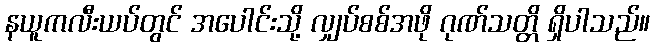
နယူကလီးယပ်တွင် အပေါင်းသို့ လျှပ်စစ်အဖို ဂုဏ်သတ္တိ ရှိပါသည်။